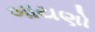
બાયણો